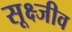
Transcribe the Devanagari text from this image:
सूक्ष्जीव